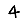
Digit: 4